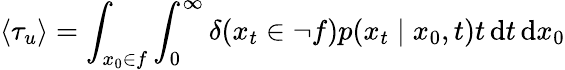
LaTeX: \langle\tau_{u}\rangle=\int_{x_{0}\in f}\int_{0}^{\infty}\delta({x_{t}\in\lnot f})p(x_{t}\mid x_{0},t)t\, \mathrm{d}t\, \mathrm{d}x_{0}